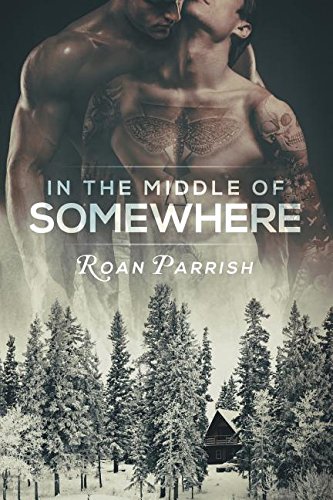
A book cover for In the Middle of Somewhere; Roan Parrish; Romance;